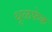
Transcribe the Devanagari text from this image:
धूळफेक